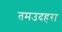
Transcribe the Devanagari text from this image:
तमउदहरा